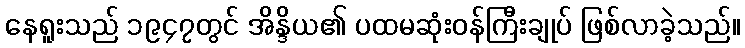
နေရူးသည် ၁၉၄၇တွင် အိန္ဒိယ၏ ပထမဆုံးဝန်ကြီးချုပ် ဖြစ်လာခဲ့သည်။